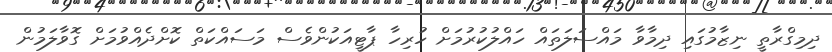
ދިމިގްރާތީ ނިޒާމުގައި ދިމާވާ މައްސަލަތައް ހައްލުކުރުމަށް ހުރިހާ ޕާޓީއަކުންވެސް މަަސައްކަތް ކޮށްދެއްވުމަށް ގޮވާލަމުން